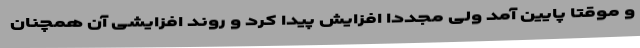
و موقتا پایین آمد ولی مجددا افزایش پیدا کرد و روند افزایشی آن همچنان